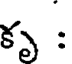
కృ :